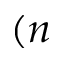
( n